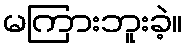
မကြားဘူးခဲ့။